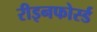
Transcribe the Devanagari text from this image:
रीइनफोर्स्ड